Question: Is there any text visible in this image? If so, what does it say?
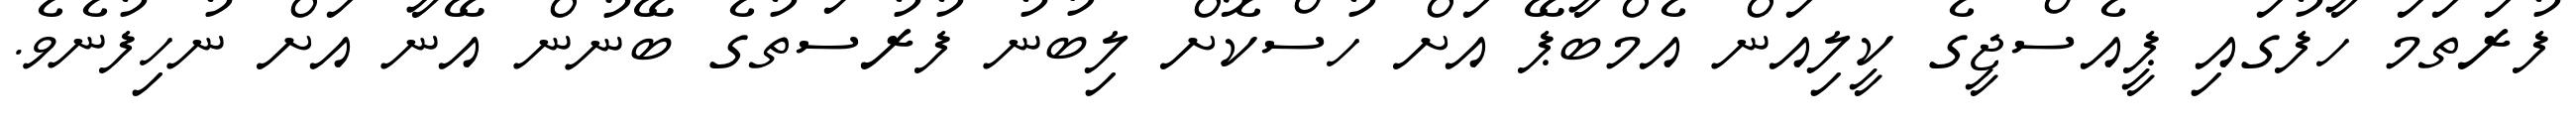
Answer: ފުރަތަމަ ހާފުގައި ޕީއެސްޖީގެ ކީލިއަން އެމްބާޕޭ އަށް ހުސްކޮށް ލިބުނު ފުރުސަތުގެ ބޭނުން އޭނާ އަށް ނުހިފުނެވެ.